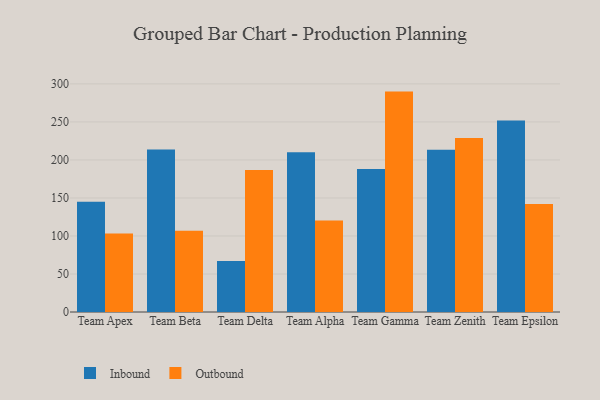
{"axis": {"x": "Team", "y": "LTV (USD)"}, "legend": ["Inbound", "Outbound"], "data": [{"x": "Team Apex", "y": 145.1, "type": "Inbound"}, {"x": "Team Apex", "y": 103.3, "type": "Outbound"}, {"x": "Team Beta", "y": 213.8, "type": "Inbound"}, {"x": "Team Beta", "y": 106.8, "type": "Outbound"}, {"x": "Team Delta", "y": 67.0, "type": "Inbound"}, {"x": "Team Delta", "y": 186.8, "type": "Outbound"}, {"x": "Team Alpha", "y": 210.1, "type": "Inbound"}, {"x": "Team Alpha", "y": 120.2, "type": "Outbound"}, {"x": "Team Gamma", "y": 188.0, "type": "Inbound"}, {"x": "Team Gamma", "y": 289.9, "type": "Outbound"}, {"x": "Team Zenith", "y": 213.4, "type": "Inbound"}, {"x": "Team Zenith", "y": 228.8, "type": "Outbound"}, {"x": "Team Epsilon", "y": 251.9, "type": "Inbound"}, {"x": "Team Epsilon", "y": 142.2, "type": "Outbound"}]}